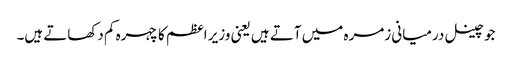
جو چینل درمیانی زمرہ میں آتے ہیں یعنی وزیر اعظم کا چہرہ کم دکھاتے ہیں۔